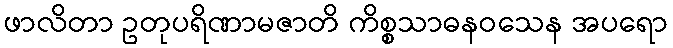
ဖာလိတာ ဥတုပရိဏာမဇာတိ ကိစ္စသာဓနဝသေန အပရော